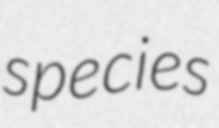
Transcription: species